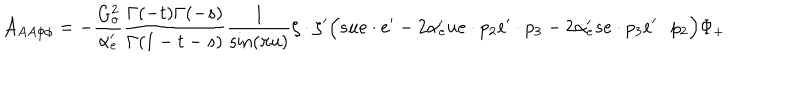
LaTeX: { \cal A } _ { A A \phi \phi } = - \frac { G _ { o } ^ { 2 } } { \alpha _ { e } ^ { \prime } } \frac { \Gamma ( - t ) \Gamma ( - s ) } { \Gamma ( 1 - t - s ) } \frac { 1 } { \sin ( \pi u ) } \zeta \cdot \zeta ^ { \prime } \Big ( s u e \cdot e ^ { \prime } - 2 \alpha _ { e } ^ { \prime } u e \cdot p _ { 2 } e ^ { \prime } \cdot p _ { 3 } - 2 \alpha _ { e } ^ { \prime } s e \cdot p _ { 3 } e ^ { \prime } \cdot p _ { 2 } \Big ) \Phi _ { + }